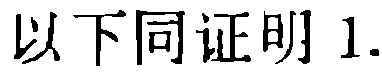
以下同证明 1.